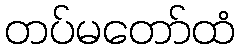
တပ်မတော်ထံ